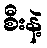
စီးနဲ့